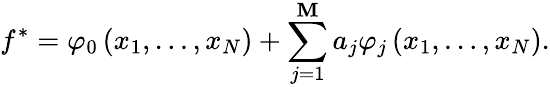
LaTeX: f^{*}=\varphi_{0}\left(x_{1},\ldots,x_{N}\right)+\sum_{j=1}^{\mathbf{M}}a_{j}\varphi_{j}\left(x_{1},\ldots,x_{N}\right).